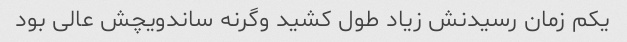
یکم زمان رسیدنش زیاد طول کشید وگرنه ساندویچش عالی بود